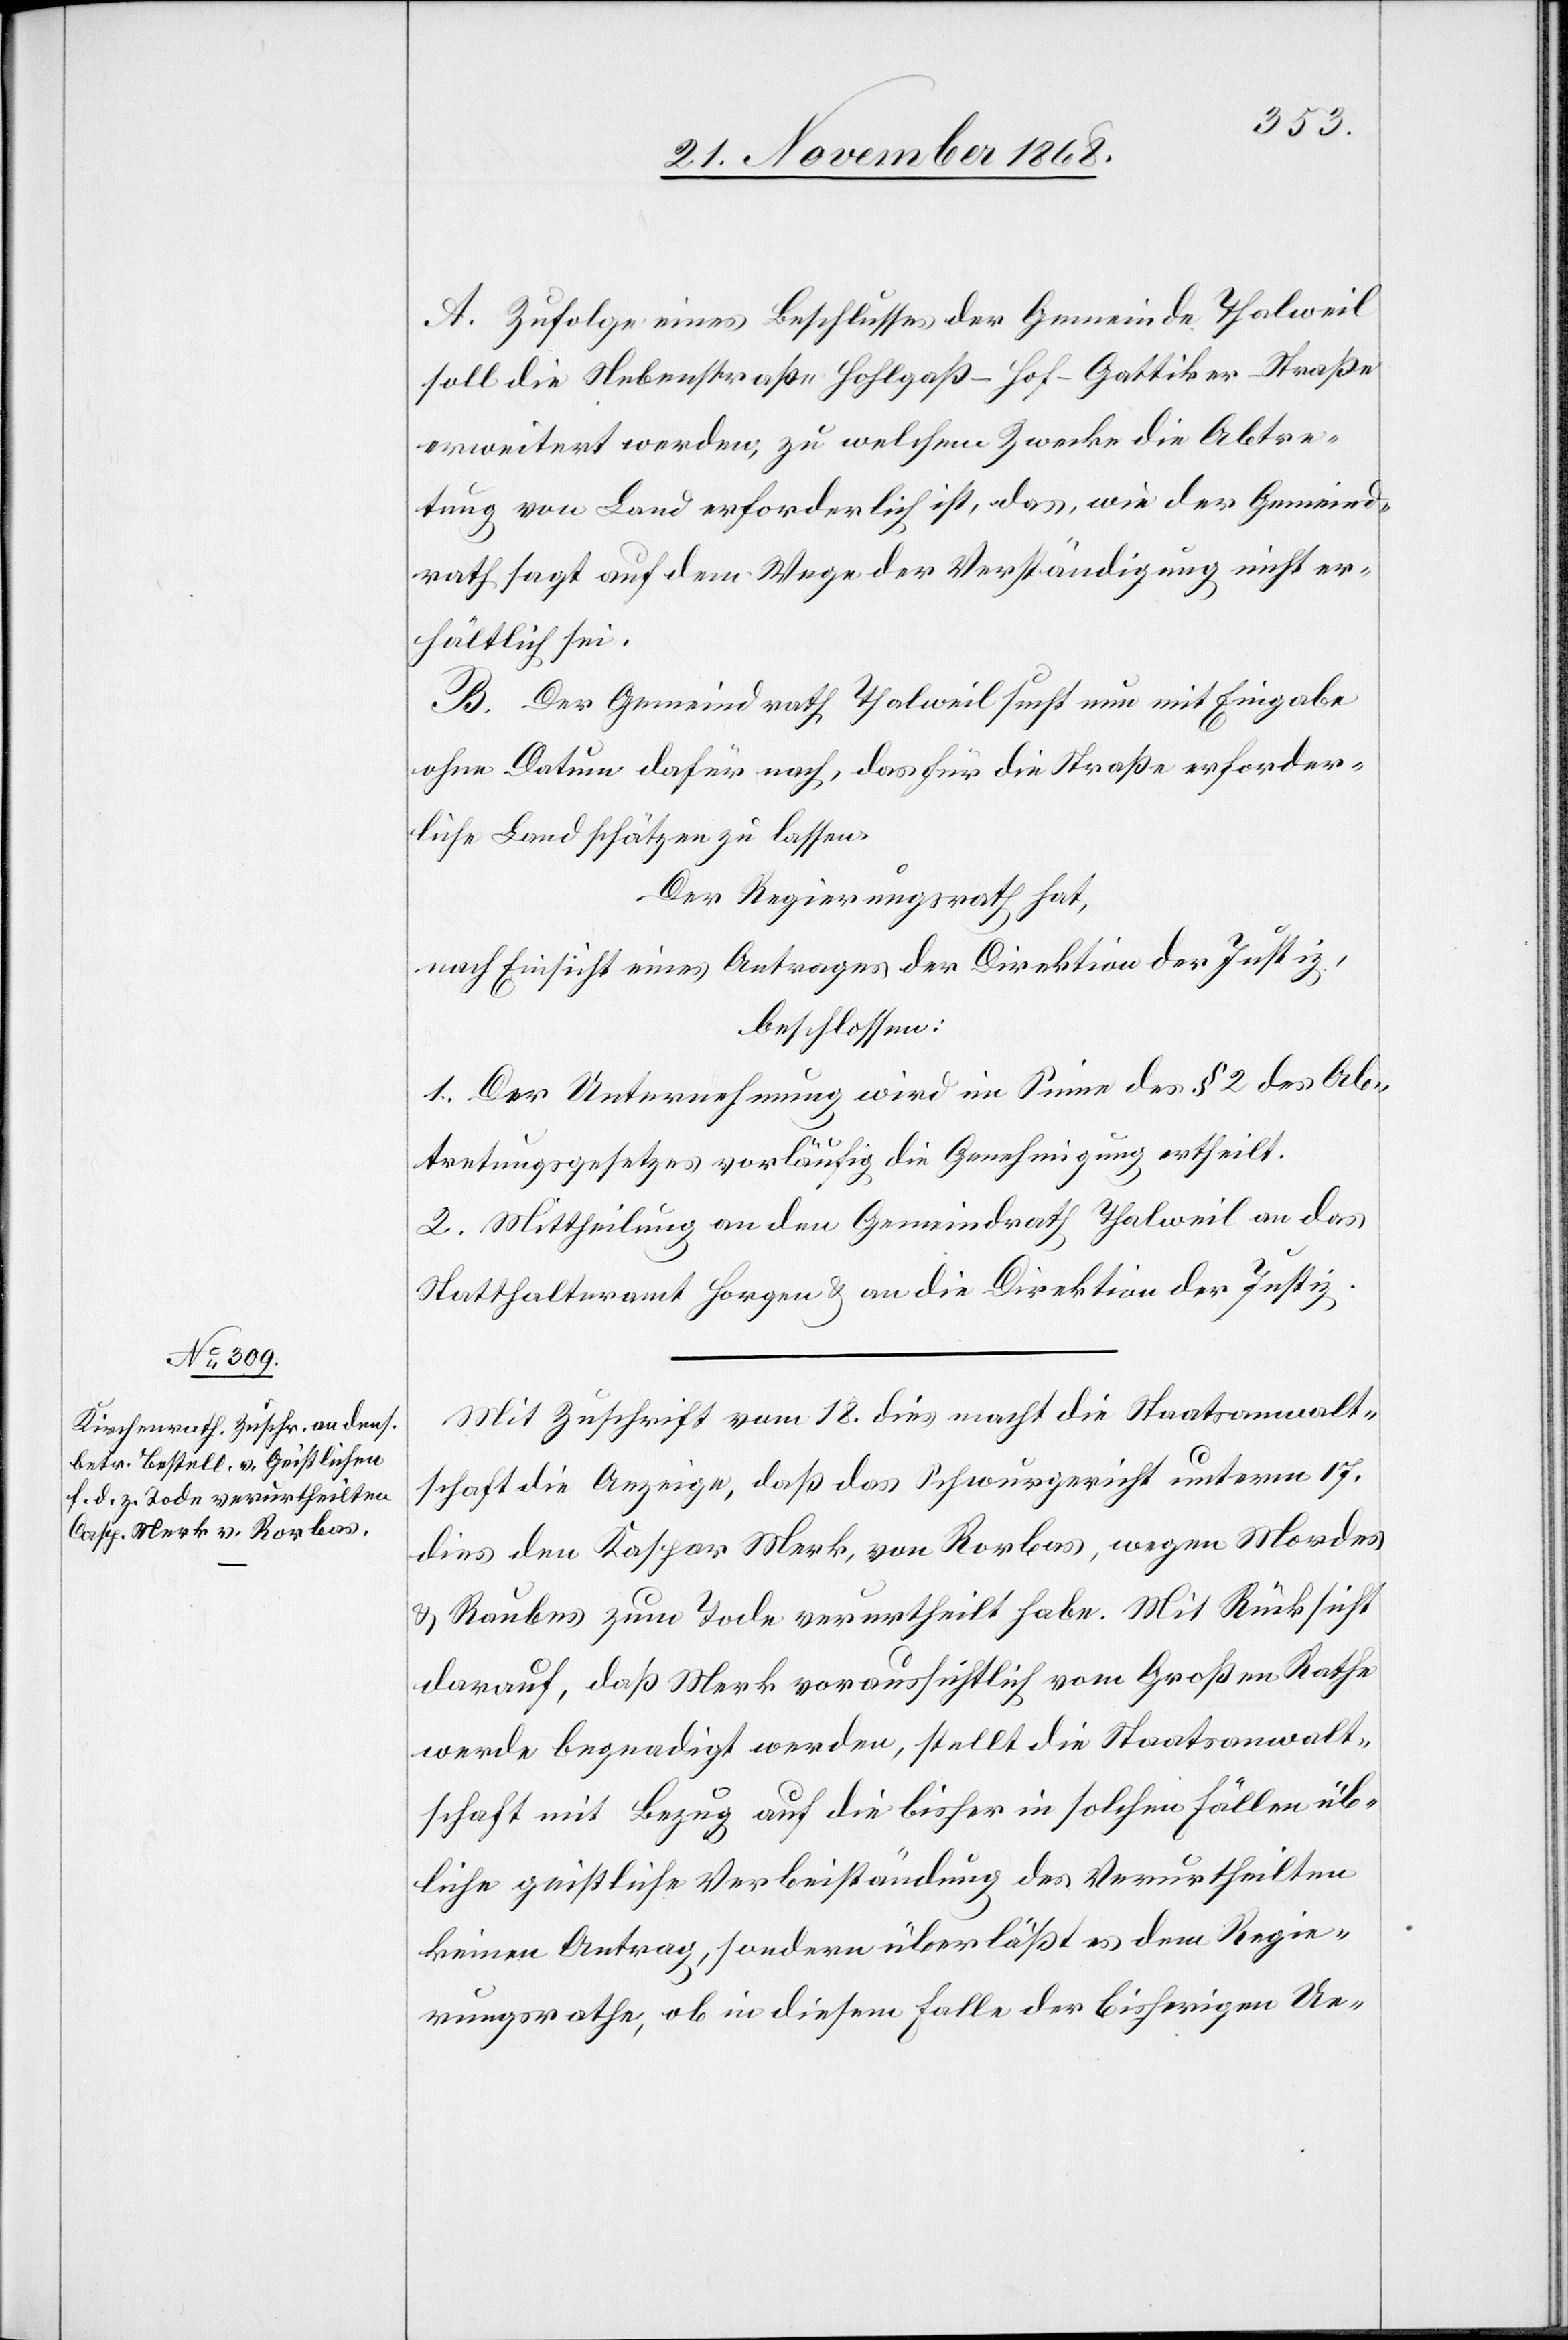
A. Zufolge eines Beschlusses der Gemeinde Thalweil
soll die Nebenstraße Hohlgaß–Hof–Gattiker-Straße
erweitert werden, zu welchem Zwecke die Abtre¬
tung von Land erforderlich ist, das, wie der Gemeind¬
rath sagt auf dem Wege der Verständigung nicht er¬
hältlich sei.
B. Der Gemeindrath Thalweil sucht nun mit Eingabe
ohne Datum dafür nach, das für die Straße erforder¬
liche Land schätzen zu lassen.
Der Regierungsrath hat,
nach Einsicht eines Antrages der Direktion der Justiz,
beschlossen:
1. Der Unternehmung wird im Sinne des § 2 des Ab¬
tretungsgesetzes vorläufig die Genehmigung ertheilt.
2. Mittheilung an den Gemeindrath Thalweil[,] an das
Statthalteramt Horgen & an die Direktion der Justiz.
Mit Zuschrift vom 18. dies macht die Staatsanwalt¬
schaft die Anzeige, daß das Schwurgericht unterm 17.
dies den Kaspar Merk, von Rorbas, wegen Mordes
& Raubes zum Tode verurtheilt habe. Mit Rücksicht
darauf, das Merk voraussichtlich vom Großen Rathe
werde begnadigt werden, stellt die Staatsanwalt¬
schaft mit Bezug auf die bisher in solchen Fällen üb¬
liche geistliche Verbeiständung des Verurtheilten
keinen Antrag, sondern überläßt es dem Regie¬
rungsrathe, ob in diesem Falle der bisherigen Ue-